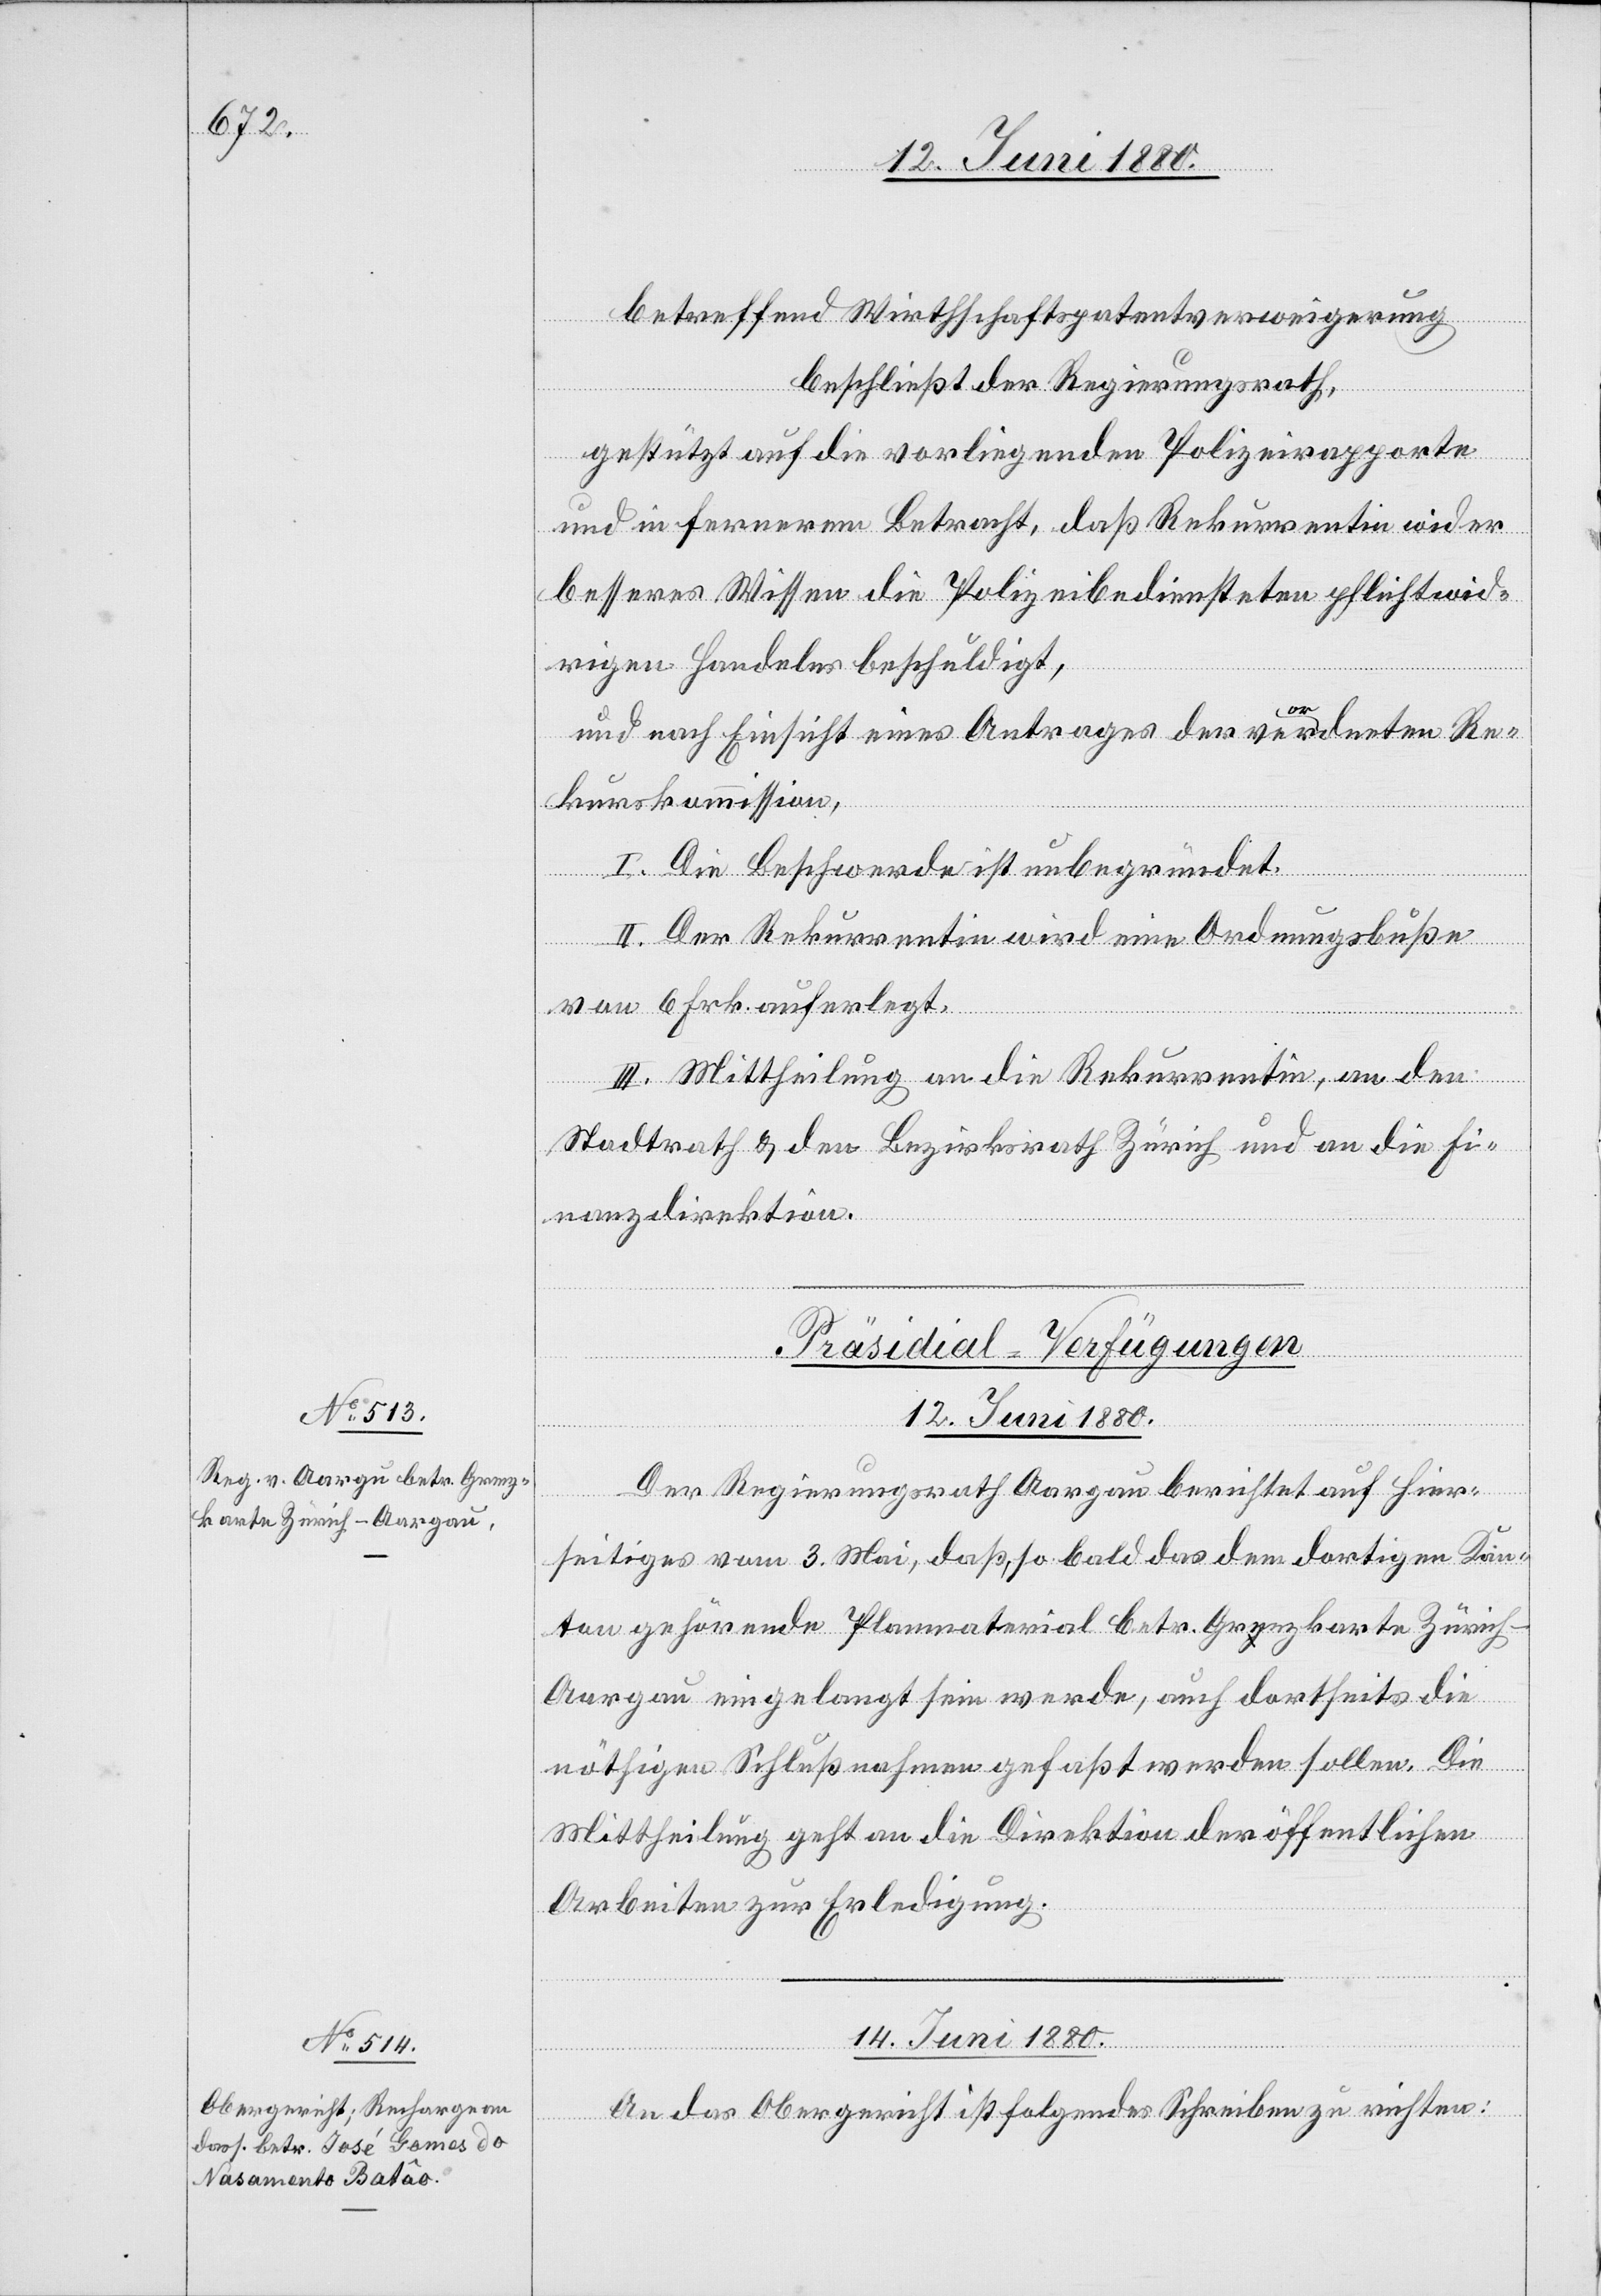
betreffend Wirthschaftspatentverweigerung
beschließt der Regierungsrath,
gestützt auf die vorliegenden Polizeirapporte
und in fernerem Betracht, daß Rekurrentin wider
besseres Wissen die Polizeibediensteten pflichtwid¬
rigen Handelns beschuldigt,
und nach Einsicht eines Antrages der verordneten Re¬
kurskommission,
I. Die Beschwerde ist unbegründet.
II. Der Rekurrentin wird eine Ordnungsbuße
von 6 Frk. auferlegt.
III. Mittheilung an die Rekurrentin, an den
Stadtrath & den Bezirksrath Zürich und an die Fi¬
nanzdirektion.
[Präsidial-Verfügungen.]
14. Juni 1880.
Der Regierungsrath Aargau berichtet auf hier¬
seitiges vom 3. Mai, daß, so bald das dem dortigen Kan¬
ton gehörende Planmaterial betr. Grenzkarte Züric¬
h–Aargau eingelangt sein werde, auch dortseits die
nöthigen Schlußnahmen gefaßt werden sollen. Die
Mittheilung geht an die Direktion der öffentlichen
Arbeiten zur Erledigung.
An das Obergericht ist folgendes Schreiben zu richten: